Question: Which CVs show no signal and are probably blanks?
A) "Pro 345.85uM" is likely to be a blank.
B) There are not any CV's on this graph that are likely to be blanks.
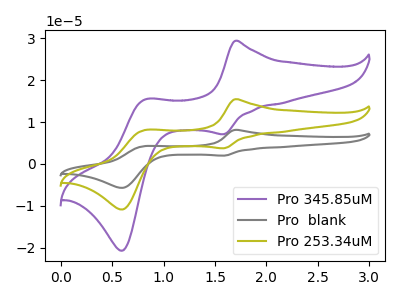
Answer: <think>The purple curve "Pro 345.85uM" has anodic peaks at (1.70V, 29.45uA) (0.80V, 15.45uA) and cathodic peaks at (1.60V, 7.10uA) (0.60V, -20.75uA). The gray curve "Pro  blank" has anodic peaks at (1.70V, 30.95uA) (0.80V, 16.20uA) and cathodic peaks at (1.60V, 7.45uA) (0.60V, -21.80uA). The olive curve "Pro 253.34uM" has anodic peaks at (1.70V, 15.45uA) (0.80V, 8.10uA) and cathodic peaks at (1.60V, 3.75uA) (0.60V, -10.90uA).</think>
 <answer>B) There are not any CV's on this graph that are likely to be blanks.</answer>
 <eval>B</eval>